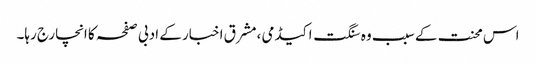
اس محنت کے سبب وہ سنگت اکیڈمی ،مشرق اخبار کے ادبی صفحہ کا انچارج رہا۔